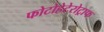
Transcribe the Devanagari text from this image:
फोटोहेटेरोट्राफ